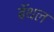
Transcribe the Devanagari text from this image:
बॅथल